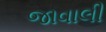
જાવાલી